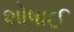
શોષાઈ